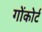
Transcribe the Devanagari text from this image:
गोंकोर्ट